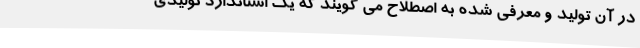
در آن تولید و معرفی شده به اصطلاح می گویند که یک استاندارد تولیدی